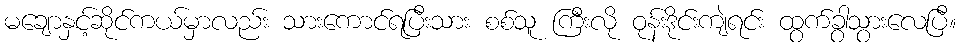
မချောနှင့်ဆိုင်ကယ်မှာလည်း သားကောင်ရပြီးသား စစ်သူ ကြီးလို ဝုန်းဒိုင်းကျဲရင်း ထွက်ခွာသွားလေပြီ။